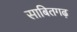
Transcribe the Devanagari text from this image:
साबितगढ़